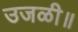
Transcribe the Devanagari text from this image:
उजळी॥